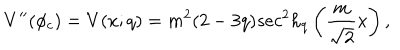
V ^ { \prime \prime } ( \phi _ { c } ) = V ( x ; q ) = m ^ { 2 } ( 2 - 3 q ) s e c ^ { 2 } h _ { q } \left( \frac { m } { \sqrt 2 } x \right) ,